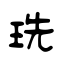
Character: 珗